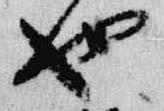
也